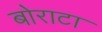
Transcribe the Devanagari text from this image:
बोराटा